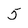
Character: 5